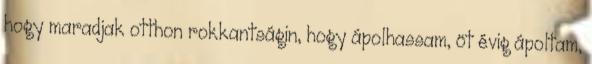
hogy maradjak otthon rokkantságin, hogy ápolhassam, öt évig ápoltam,